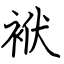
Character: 袱